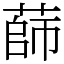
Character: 蒒